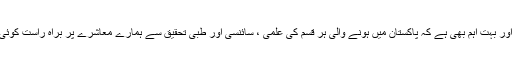
جواب :یہ بات بہت درست ہے اور بہت اہم بھی ہے کہ پاکستان میں ہونے والی ہر قسم کی علمی ، سائنسی اور طبی تحقیق سے ہمارے معاشرے پر براہ راست کوئی اثرات مرتب نہیں ہو رہے ہیں۔